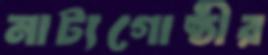
নাট্যগোষ্ঠীর